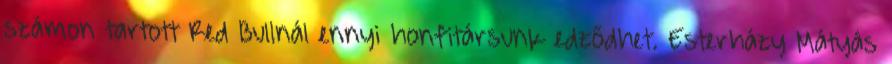
számon tartott Red Bullnál ennyi honfitársunk edződhet. Esterházy Mátyás